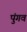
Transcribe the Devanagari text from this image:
पुंगव